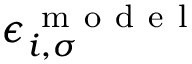
\epsilon _ { i , \sigma } ^ { \mathrm { ~ m ~ o ~ d ~ e ~ l ~ } }